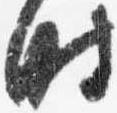
時